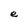
Character: e